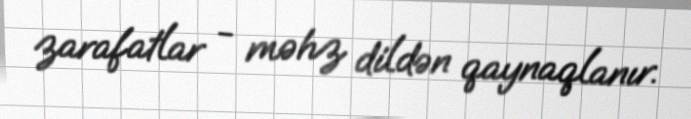
zarafatlar - məhz dildən qaynaqlanır.